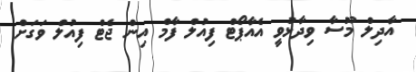
އާދިލް މޫސާ ވިދާޅުވީ އެއާޕޯޓް ފިއުލް ފާމް އިން ޖެޓް ފިއުލް ވަގަށް